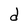
Character: d